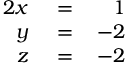
\begin{array} { r l r } { { 2 } x } & { { } \, = \, } & { 1 } \\ { y } & { { } \, = \, } & { - 2 } \\ { z } & { { } \, = \, } & { - 2 } \end{array}